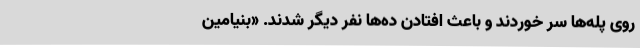
روی پله‌ها سر خوردند و باعث افتادن ده‌ها نفر دیگر شدند. «بنیامین